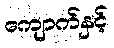
ကျောက်နှင့်